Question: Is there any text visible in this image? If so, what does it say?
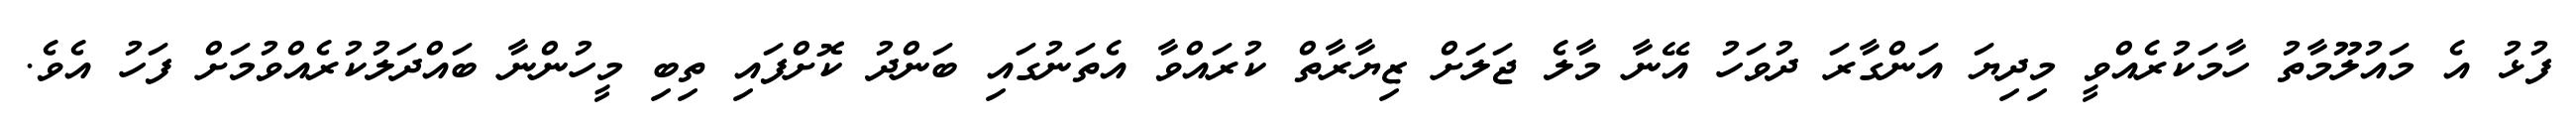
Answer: ފުޅު އެ މައުލޫމާތު ހާމަކުރެއްވީ މިދިޔަ އަންގާރަ ދުވަހު އޭނާ މާލެ ޖަލަށް ޒިޔާރާތް ކުރައްވާ އެތަނުގައި ބަންދު ކޮށްފައި ތިބި މީހުންނާ ބައްދަލުކުރެއްވުމަށް ފަހު އެވެ.